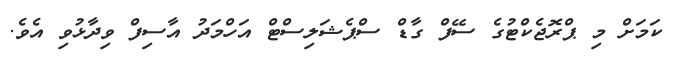
ކަމަށް މި ޕްރޮޖެކްޓުގެ ސޭފް ގާޑް ސްޕެޝަލިސްޓް އަހްމަދު އާސިފް ވިދާޅުވި އެވެ.